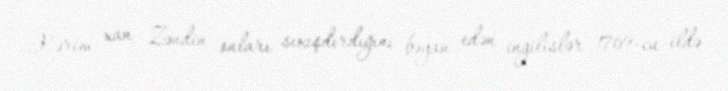
Kərim xan Zəndin onları sıxışdırdığını bəyan edən ingilislər 1769-cu ildə